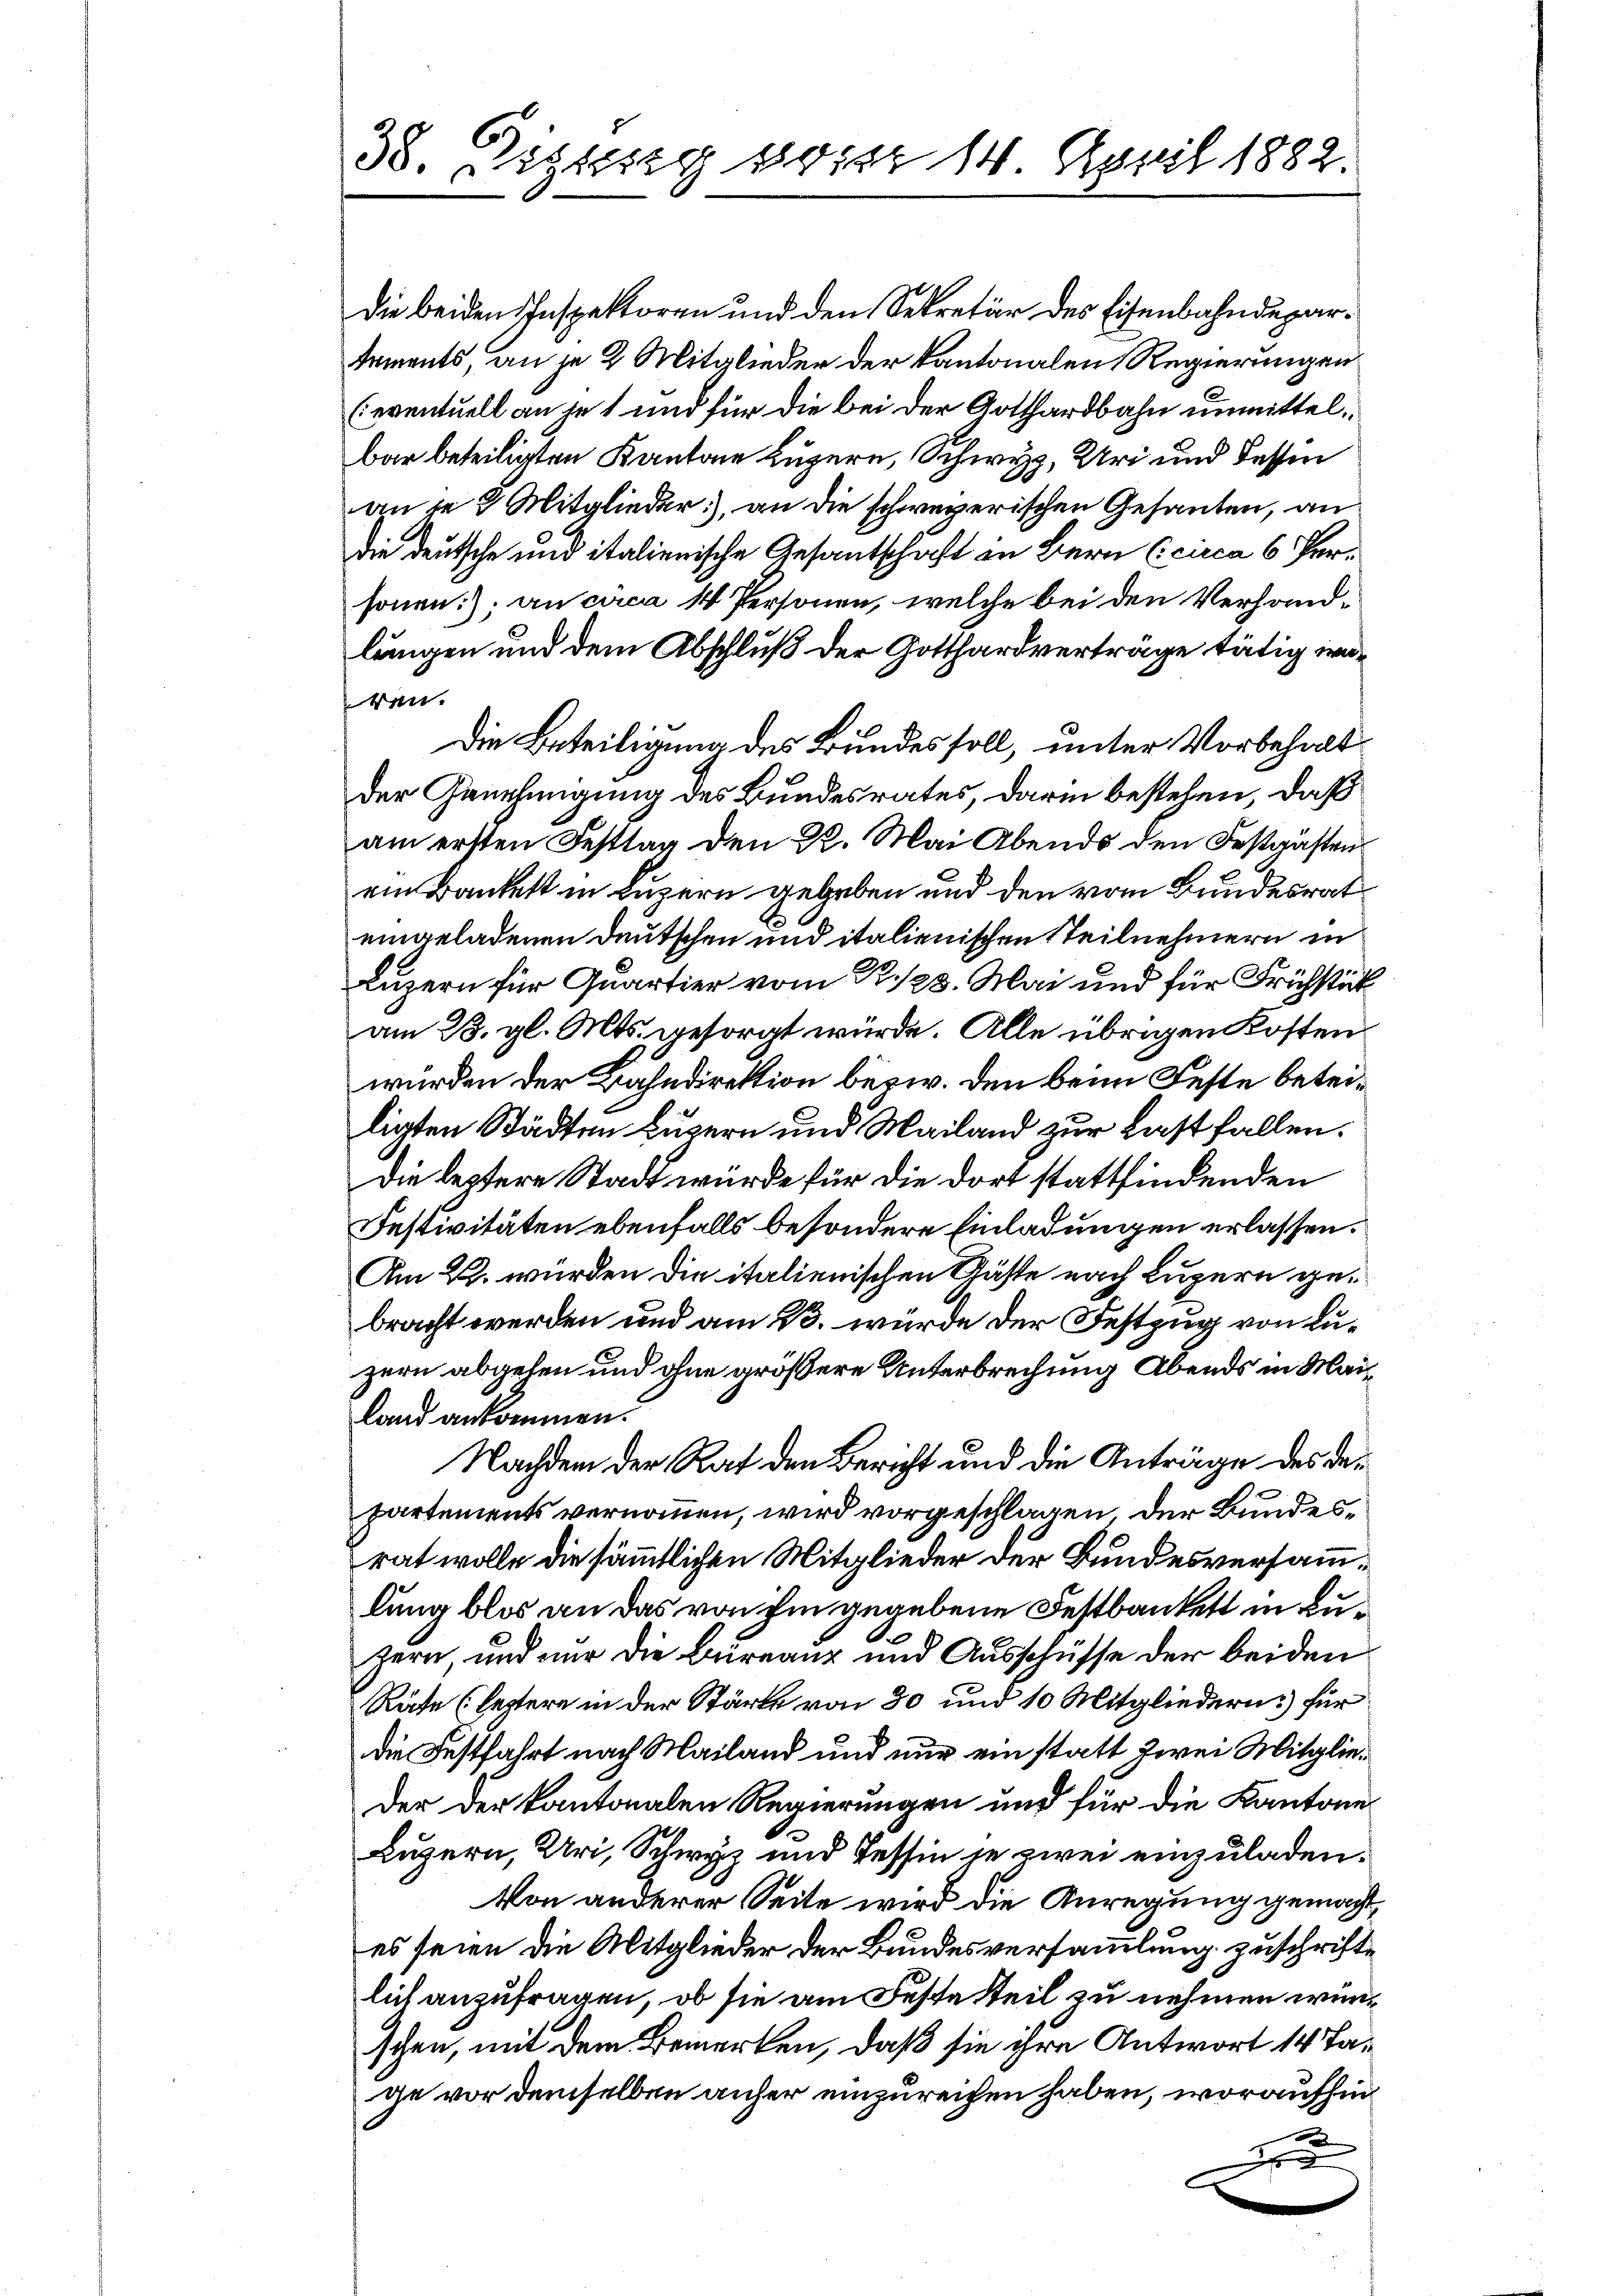
38. Disssig vor 14. April 1882

Die beiden Inspektoren und den Sekretär des Eisenbahndepartements, an je 2 Mitglieder der Kantonalen Regierungen
(eventuell an je 1 und für die bei der Gotthardbahn unmittelbar beteiligten Kantone Luzern, Schwyz, Uri und Fessen
an je 2 Mitglieder, an die schweizerischen Gesanten, an
die deutsche und italienische Gesantschaft in Bern (circa 6 Personen); an circa 14 Personen, welche bei den Verhandlungen und dem Abschluß der Gotthardverträge tätig inren.
Die Beteiligung des Bundes soll, unter Vorbehalt
der Genehmigung des Bundesrates, darin bestehen, daß
am ersten Festtag den 22. Mai Abends den Festgästen
ein Bankett in Luzern gegeben und den vom Bundesrat
eingeladenen Deutschen und italienischen Steilnehmern in
Luzern für Quartier vom R. 128. Mai und für Frühstück
am 13. gl. Mts. gesorgt würde. Alle übrigen Kosten
würden der Bahndirektion bezw. den beim Feste beteiligten Städten Luzern und Mailand zur Last fallen.
Die lestere Stadt würde für die dort stattfindenden
Instivitäten ebenfalls besondere Einladungen erlassen.
Am 2. wurden die italienischen Gäste nach Luzern gebracht werden und am 23. würde der Festzug von Luzern abgehen und ohne größere Unterbrechung Abends in Mailand ankommen.
Nachdem der Rat den Bericht und die Anträge des departements vernommen, wird vorgeschlagen der Bundesrat wolle die sämmtlichen Mitglieder der Bundesversammlung blos an das von ihm gegebene Festbankett in Buzern und nur die Burranz und Ausschüsse der beiden
Räte (leztere in der Stärke von 30 und 10 Mitgliedern für
die Festfahrt nach Mailand und nur ein statt zwei Mitglieder der kantonalen Regierungen und für die Kantone
Luzern, Uri, Schwyz und Tessin je zwei einzuladen.
Von anderer Seite wird die Anregung gemacht,
es seien die Mitglieder der Bundesversammlung zuschrifte
lich anzufragen, ob sie am Feste Steil zu nehmen würschen, mit dem Bemerken, daß sie ihre Antwort 14 Tage vor demselben anher einzureichen haben, woraufhin
d